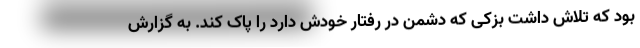
بود که تلاش داشت بزکی که دشمن در رفتار خودش دارد را پاک کند. به گزارش